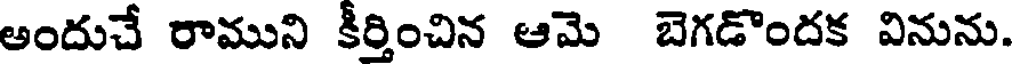
అందుచే రాముని కీర్తించిన ఆమె బెగడొందక వినును.